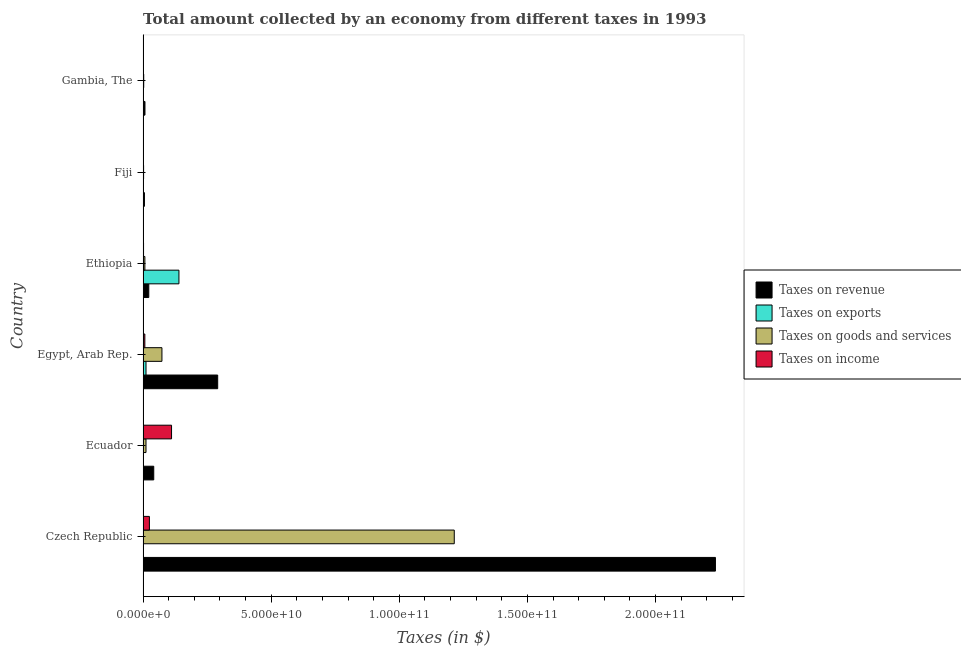
| Country | Taxes on revenue | Taxes on exports | Taxes on goods and services | Taxes on income |
 | --- | --- | --- | --- | --- |
 | Czech Republic | 2.23e+11 | 1e+04 | 1.21e+11 | 2.48e+09 |
 | Ecuador | 4.17e+09 | 1e+04 | 1.15e+09 | 1.11e+10 |
 | Egypt, Arab Rep. | 2.91e+10 | 1.15e+09 | 7.36e+09 | 6.94e+08 |
 | Ethiopia | 2.23e+09 | 1.4e+10 | 7.09e+08 | 1.91e+08 |
 | Fiji | 5.4e+08 | 1e+06 | 2.04e+08 | 1.15e+08 |
 | Gambia, The | 7.44e+08 | 3.65e+05 | 2.57e+08 | 1.1e+07 |